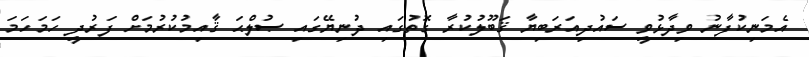
އެމަނިކުފާނު ވިދާޅުވީ ސައުދިއަރަބިޔާ ޤަބޫލުކުރާ ގޮތުގައި ދުނިޔޭގައި ޞުލްޙަ ޤާއިމުކުރުމަށް ފަރުދީ ހަމަހަމަ